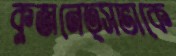
কুজনেত্সভাকে